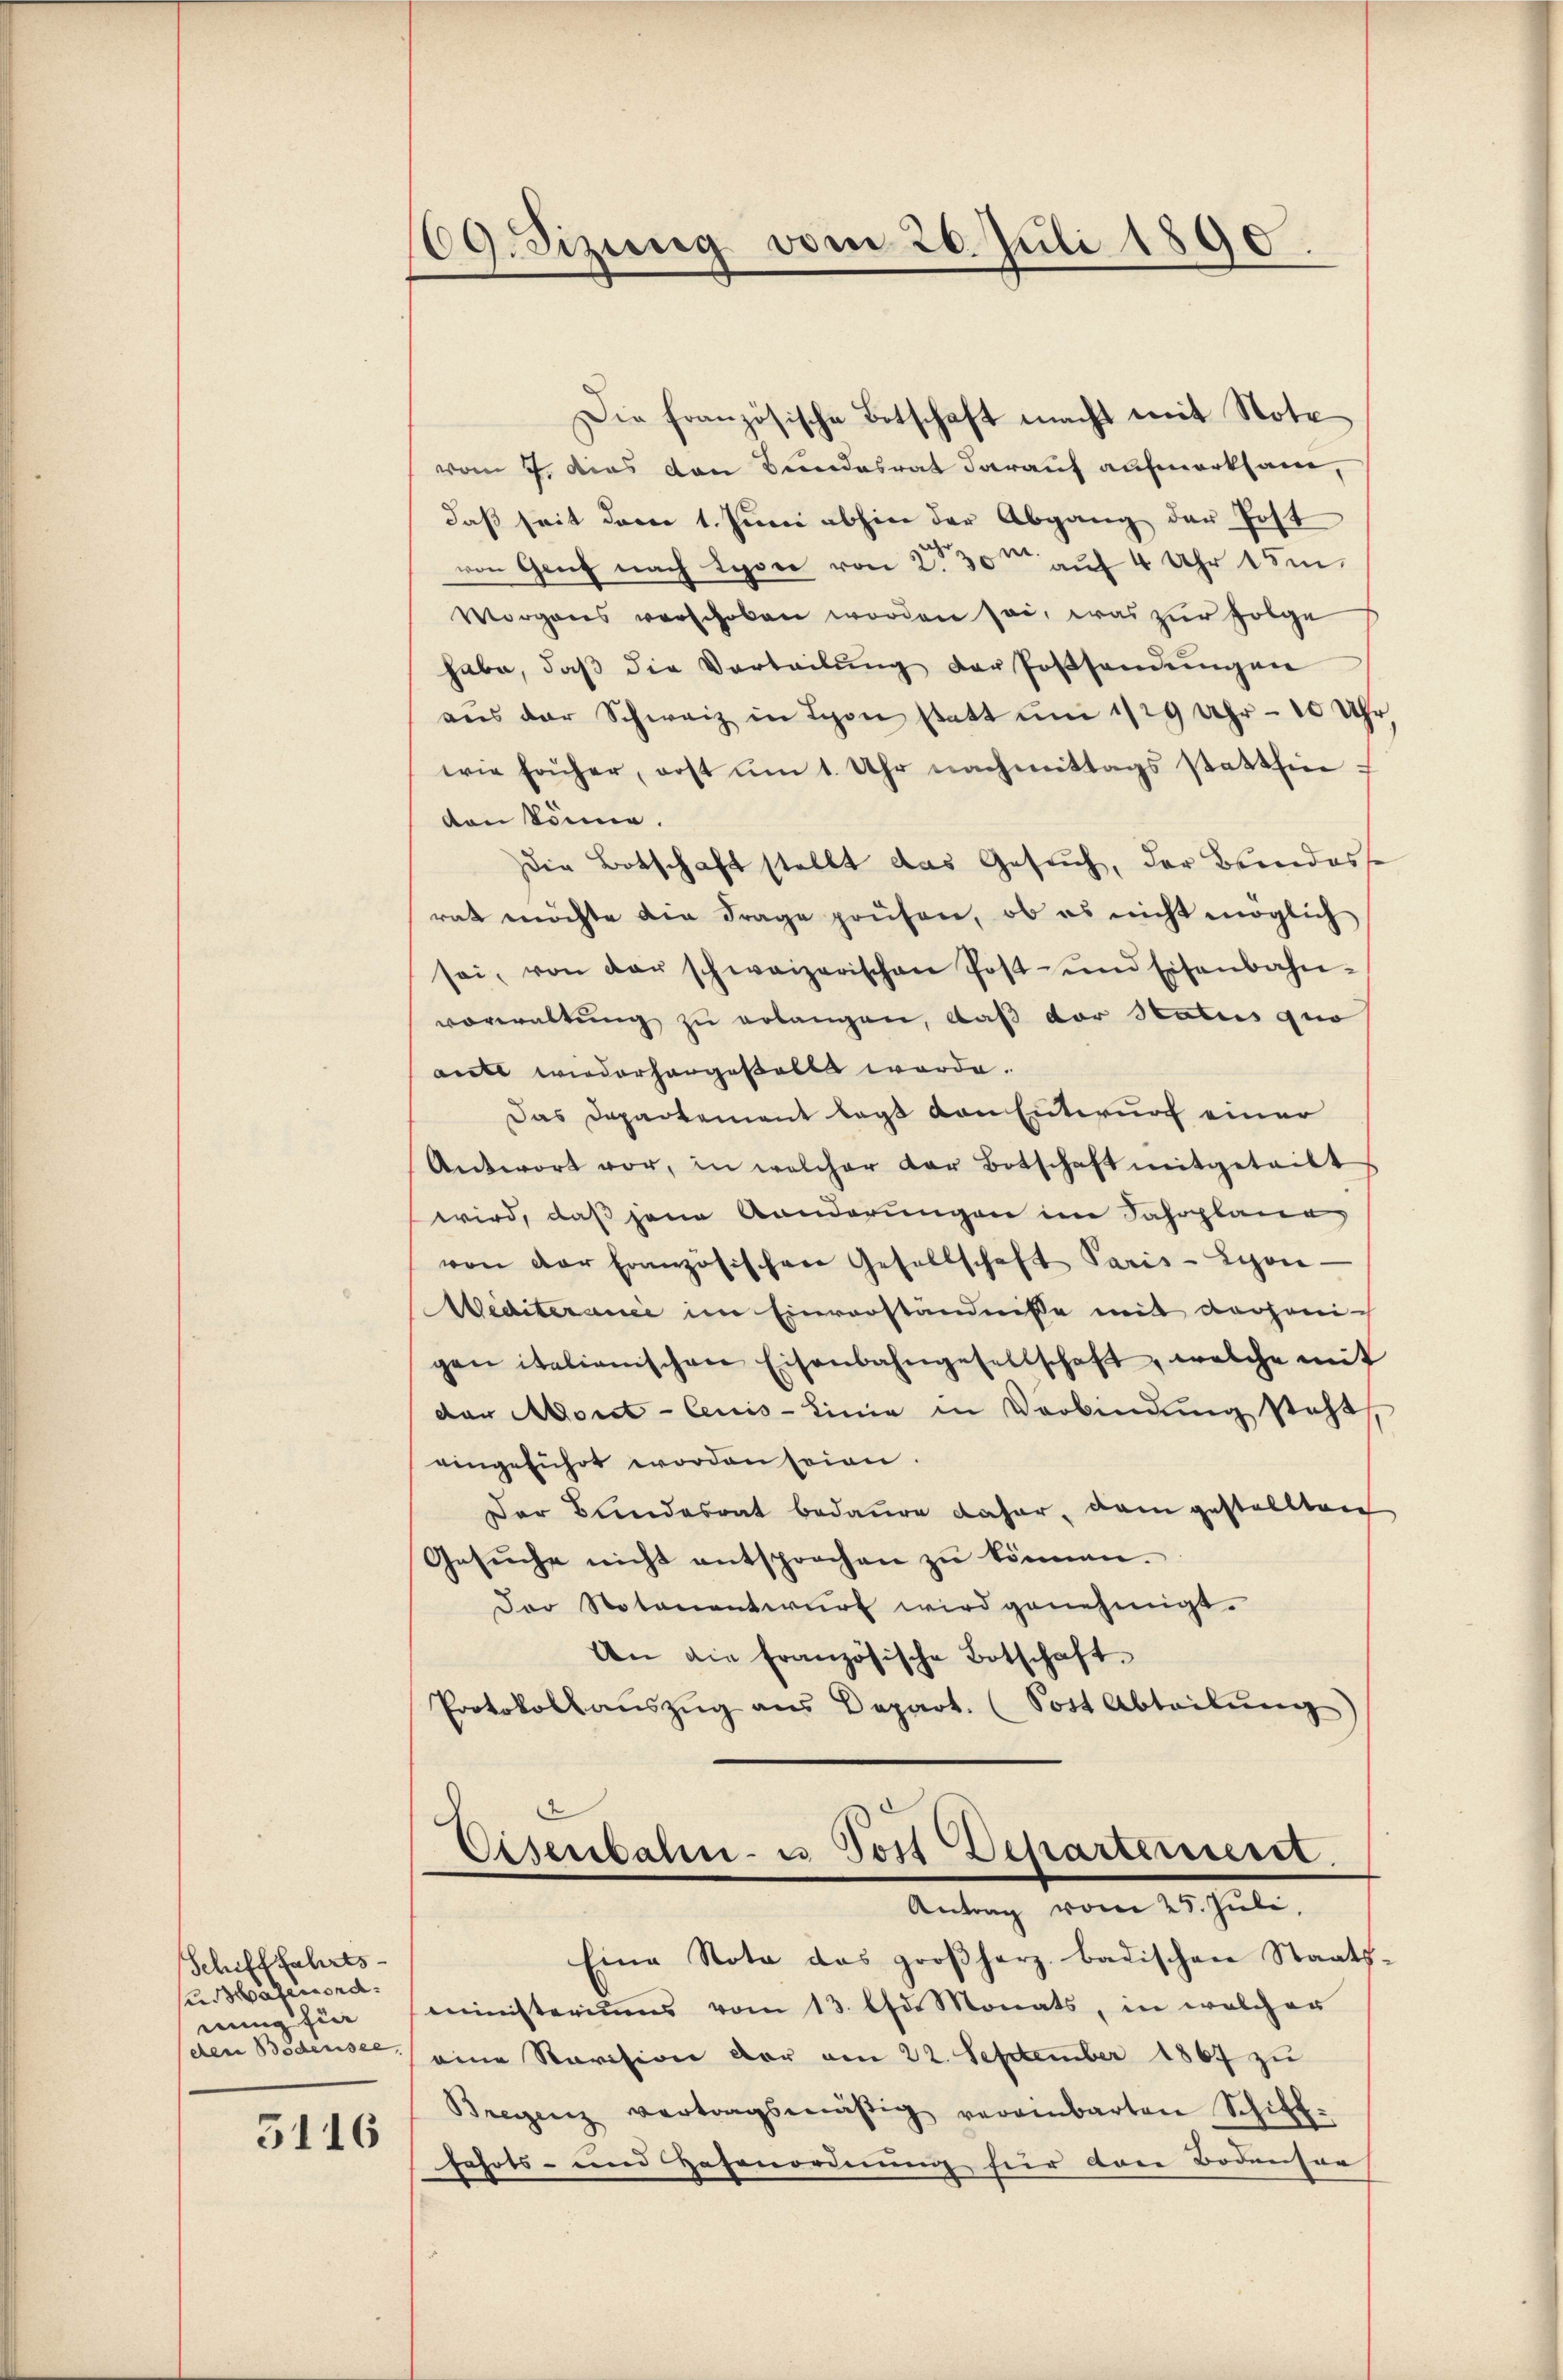
Schifffahrts-
se Hafenord
nung für
den Bodensee,

3116

69. Sizung vom 26. Juli 1890.

Die französische Botschaft macht mit Note
vom 7. Das von Bundesrat darauf aufmerksam,
daß seit dem 1. Juni abhin der Abgang der Post
von Graf nach Lyone von 230m auf 4 Uhr 15m
Morgens verschoben worden sei, was zur Folge
habe, daβ die Verteilŭng der Possendŭngen
aŭs der Schweiz in Schon statt ŭm 1/29 Uhr - 10 Uhr
wie früher, erst um 1. Uhr nachmittags statthin f
den könne.
Die Botschaft stellt das Gesŭch, der Bundesse
rat möchte die Frage prüfen, ob es nicht möglich
sei, von der schweizerischen Post- und Eisenbahn-
vorwaltung zu erlangen, daß der Status quo
aute wiederhangestellt werde.
Das Departement legt von Entwurf einer
Antwort vor, in welcher der Botschaft mitgeteilt
wird, daß jene Banderungen im Jahrplana,
von der Französischen Gesellschaft Paris - Lyon-
Wediterane im Einverständnisse mit derjenigen italienischen Eisenbahngesellschaft, welche mit
der Moret-Ceuis-Linie in Verbindung steht
eingeführt worden seien.
Der Bundesrat bedaure daher, dann gestellten
Gesuche nicht entsprochen zu können.
Der Notenentwurf wird genehmigt.
An die französische Botschaft.
Protokollaŭszŭg ans Depart. (Sott Abteilŭng

Eine Nota das großherz badischen Staats-
ministeriums vom 13. Oser Monats, in welcher
eine Revision der am 22. September 1867 zu
Bregenz vertragsmäßig vereinbarten Schiff-
fahrts- und Zehenordnung für den Bodenser

Disenbahn- u Post Departement.
Antrag vom 25. Juli,